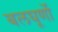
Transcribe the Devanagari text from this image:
बलघूर्णो